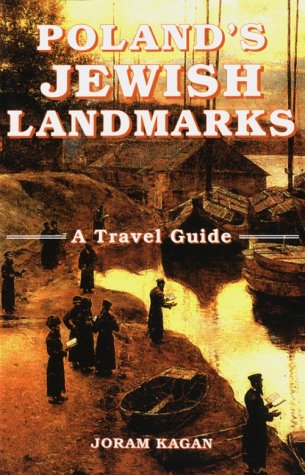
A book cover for Poland's Jewish Landmarks: A Travel Guide; Joram Kagan; Travel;